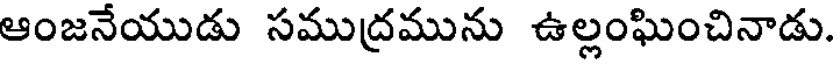
ఆంజనేయుడు సముద్రమును ఉల్లంఘించినాడు.